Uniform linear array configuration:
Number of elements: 16
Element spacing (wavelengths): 0.25
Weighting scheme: cosine
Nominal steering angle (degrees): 0
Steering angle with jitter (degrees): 0.3565
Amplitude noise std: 0.05
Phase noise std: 0.05

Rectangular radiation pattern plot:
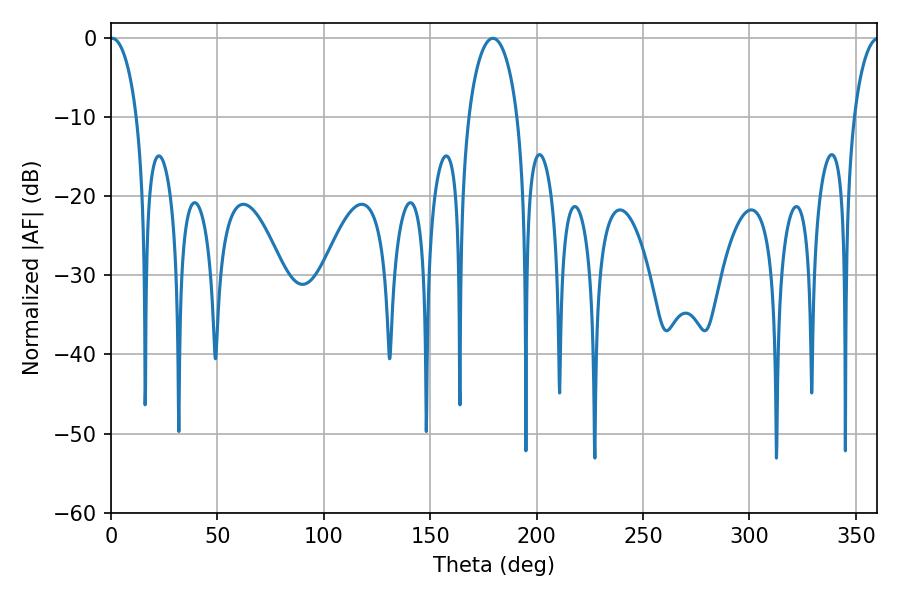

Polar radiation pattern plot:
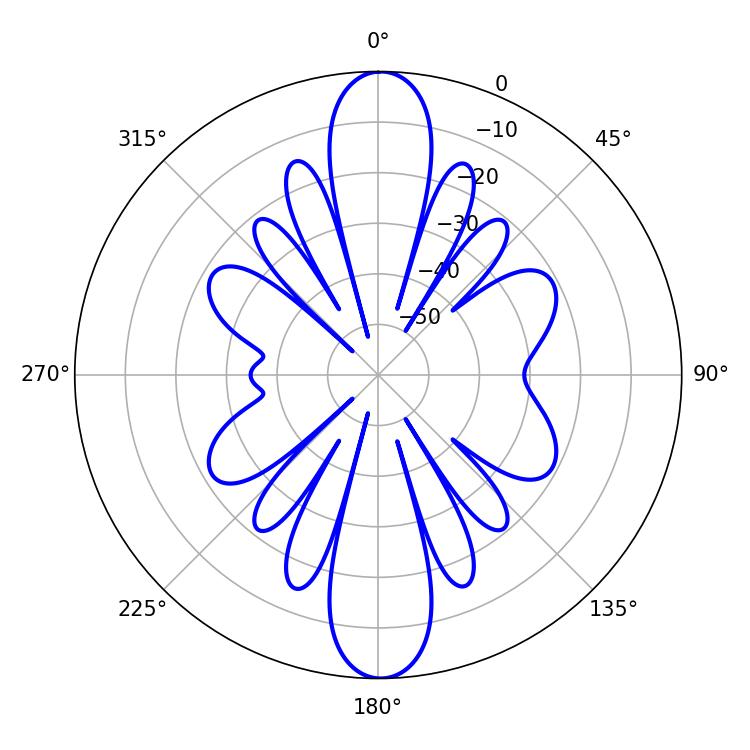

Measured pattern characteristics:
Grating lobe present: FALSE
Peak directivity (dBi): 24.89
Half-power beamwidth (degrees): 7.2
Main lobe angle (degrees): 0.54